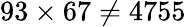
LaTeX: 93\times 67\neq 4755